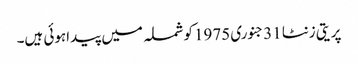
پریتی زنٹا 31جنوری 1975کوشملہ میں پیداہوئی ہیں۔